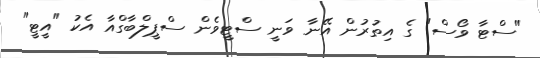
"ސްޓާ ވޯސް" ގެ އިތުރުން އޭނާ ވަނީ ސްޓީވެން ސްޕީލްބާގްއާ އެކު "އީޓީ"